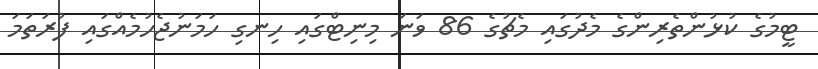
ޓީމުގެ ކުޅުންތެރިންގެ މެދުގައި މެޗުގެ 86 ވަނަ މިނިޓްގައި ހިނގި ހަމަނުޖެހުމެއްގައި ފުރަތަމަ